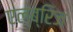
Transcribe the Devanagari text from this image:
एल्ब्रिज